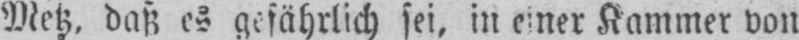
Metz, daß es gefährlich sei, in einer Kammer von